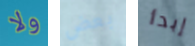
ولا بعض إبدأ